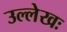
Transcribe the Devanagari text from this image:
उल्लेखः